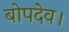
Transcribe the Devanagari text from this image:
बोपदेव।